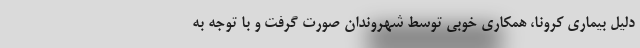
دلیل بیماری کرونا، همکاری خوبی توسط شهروندان صورت گرفت و با توجه به